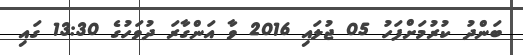
ބަންދު ކުރުމަށްފަހު 05 ޖުލައި 2016 ވާ އަންގާރަ ދުވަހުގެ 13:30 ގައި